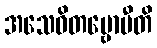
အသေဝိတဗ္ဗောပီတိ